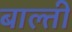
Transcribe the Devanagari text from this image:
बाल्ती